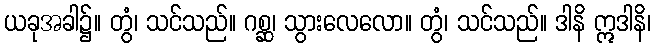
ယခုအခါ၌။ တွံ၊ သင်သည်။ ဂစ္ဆ၊ သွားလေလော။ တွံ၊ သင်သည်။ ဒါနိ ဣဒါနိ၊